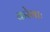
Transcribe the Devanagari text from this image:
करेगाः